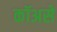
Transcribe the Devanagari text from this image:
कॉअसे